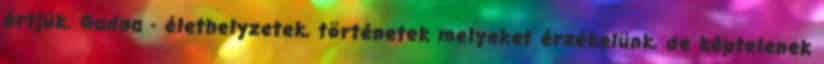
értjük. Gadna - élethelyzetek, történetek melyeket érzékelünk, de képtelenek